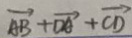
\overrightarrow { A B } + \overrightarrow { D A } + \overrightarrow { C D }